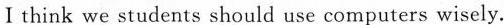
Ⅰthink we students should use computers wisely.